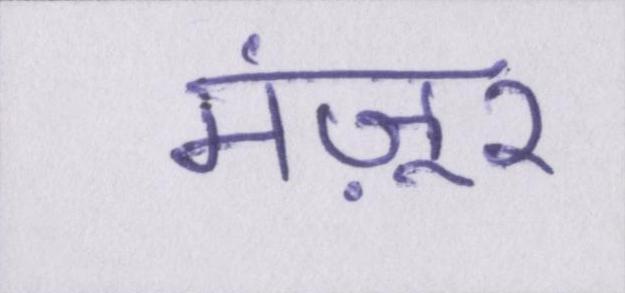
मंज़ूर